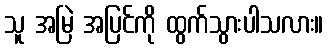
သူ အမြဲ အပြင်ကို ထွက်သွားပါသလား။